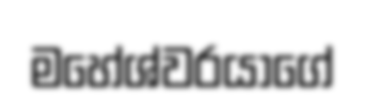
මහේශ්වරයාගේ